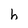
Character: h